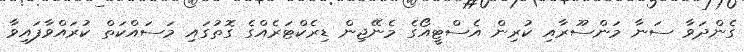
ގެންދަވާ ސަނާ މަންސޫރާއި ކުރިން އެސްޓީއޯގެ މެނޭޖިން ޑިރެކްޓަރެއްގެ ގޮތުގައި މަސައްކަތް ކުރައްވާފައިވާ